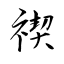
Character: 禊